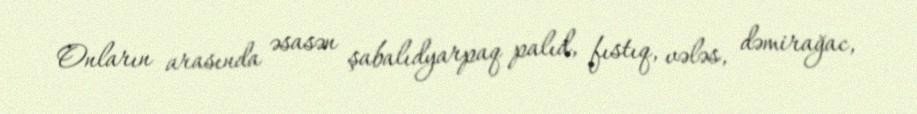
Onların arasında əsasən şabalıdyarpaq palıd, fıstıq, vələs, dəmirağac,